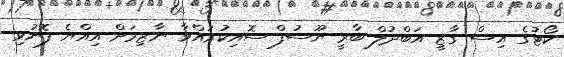
ކޯޓުގެ އިސް ގާޒީ އަބްދުލް ބާރީ ޔޫސުފް ސޮއިކުރައްވާ ނާޒިމަށް އިއްޔެ ފޮނުވި